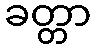
ခတ္တာ